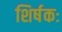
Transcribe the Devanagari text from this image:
शिर्षकः